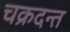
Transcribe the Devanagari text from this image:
चक्रदन्त